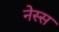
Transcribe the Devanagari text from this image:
नेस्स